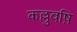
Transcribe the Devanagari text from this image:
कल्लुवष़ि